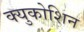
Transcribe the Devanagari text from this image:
क्युकोशिन